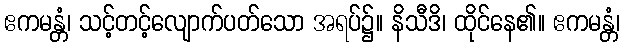
ဧကမန္တံ၊ သင့်တင့်လျောက်ပတ်သော အရပ်၌။ နိသီဒိ၊ ထိုင်နေ၏။ ဧကမန္တံ၊